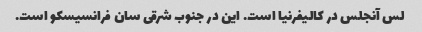
لس آنجلس در کالیفرنیا است. این در جنوب شرقی سان فرانسیسکو است.